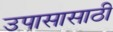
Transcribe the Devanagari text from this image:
उपासासाठी